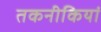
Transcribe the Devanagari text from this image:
तकनीकियां